Leaving Certificate Examination, 1906
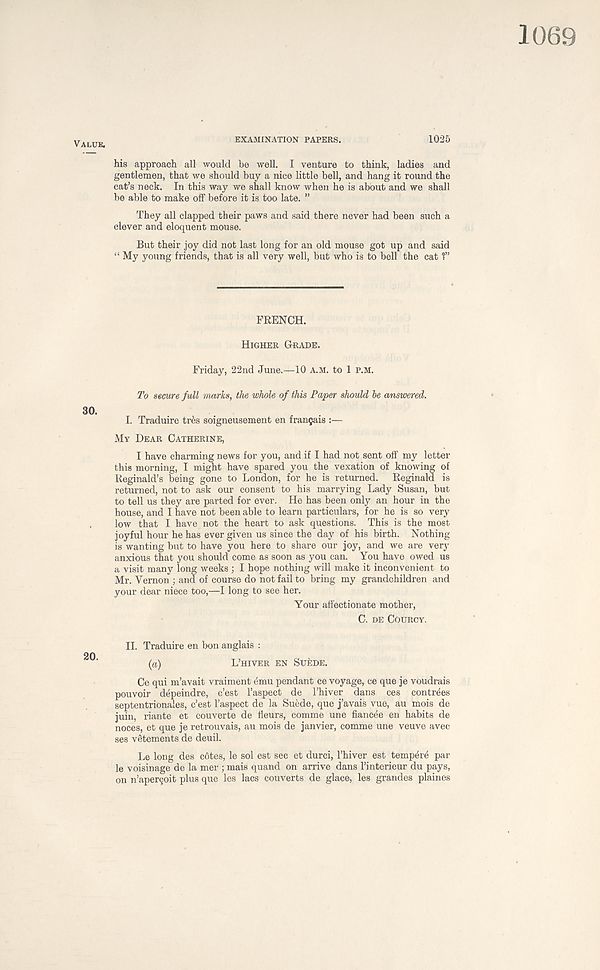
VALUE.
EXAMINATION PAPERS.
1025
his approach all would be well. I venture to think, ladies and
gentlemen, that we should buy a nice little bell, and hang it round the
cat’s neck. In this way we shall know when he is about and we shall
be able to make off before it is too late. ”
They all clapped their paws and said there never had been such a
clever and eloquent mouse.
But their joy did not last long for an old mouse got up and said
“ My young friends, that is all very well, but who is to bell the cat 1”
FRENCH.
HIGHER GRADE.
Friday, 22nd June.—10 A.M. to 1 P.M.
To secure, full marks, the whole of this Paper should be answered.
I. Traduire tres soigneusement en frangais
MY DEAR CATHERINE,
I have charming news for you, and if I had not sent off my letter
this morning, I might have spared you the vexation of knowing of
Reginald’s being gone to London, for he is returned.
Reginald is
returned, not to ask our consent to his marrying Lady Susan, but
to tell us they are parted for ever. He has been only an hour in the
house, and I have not been able to learn particulars, for he is so very
low that I have not the heart to ask questions. This is the most
joyful hour he has ever given us since the day of his birth. Nothing
is wanting but to have you here to share our joy, and we are very
anxious that you should come as soon as you can. You have owed us
a visit many long weeks; I hope nothing will make it inconvenient to
Mr. Yernon ; and of course do not fail to bring my grandchildren and
your dear niece too,—I long to see her.
Your affectionate mother,
C. DE COURCY.
II. Traduire en bon anglais :
(a)
L’HIVER EN SUEDE.
Ce qui m’avait vraiment emu pendant ce voyage, ce que je voudrais
pouvoir depeindre, c’est 1’aspect de 1’hiver dans ces contrees
septentrionales, c’est 1’aspect de la Suede, que j’avais vue, au mois de
juin, riante et couverte de fleurs, comme une fiancee en habits de
noces, et que je retrouvais, au mois de janvier, comme une veuve avec
ses vetements de deuil.
Le long des cotes, le sol est sec et durci, I’hiver est tempere par
le voisinage de la mer ; mais quand on arrive dans I’interieur du pays,
on n’apergoit plus que les lacs couverts de glace, les grandes plaines